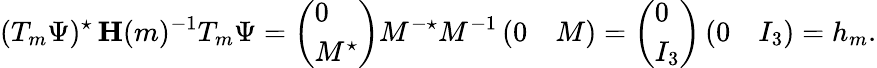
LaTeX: (T_{m}\Psi)^{\star}\, \mathbf{H}(m)^{-1}T_{m}\Psi=\left(\begin{array}{l}{0}\\ {M^{\star}}\end{array}\right)M^{-\star}M^{-1}\left(\begin{array}{ll}{0}&{M}\end{array}\right)=\left(\begin{array}{l}{0}\\ {I_{3}}\end{array}\right)\left(\begin{array}{ll}{0}&{I_{3}}\end{array}\right)=h_{m}.